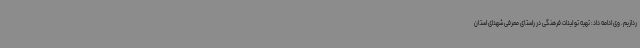
ردازیم. وی ادامه داد: تهیه تولیدات فرهنگی در راستای معرفی شهدای استان